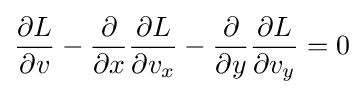
{\frac {\partial L}{\partial v}}-{\frac {\partial }{\partial x}}{\frac {\partial L}{\partial v_{x}}}-{\frac {\partial }{\partial y}}{\frac {\partial L}{\partial v_{y}}}=0